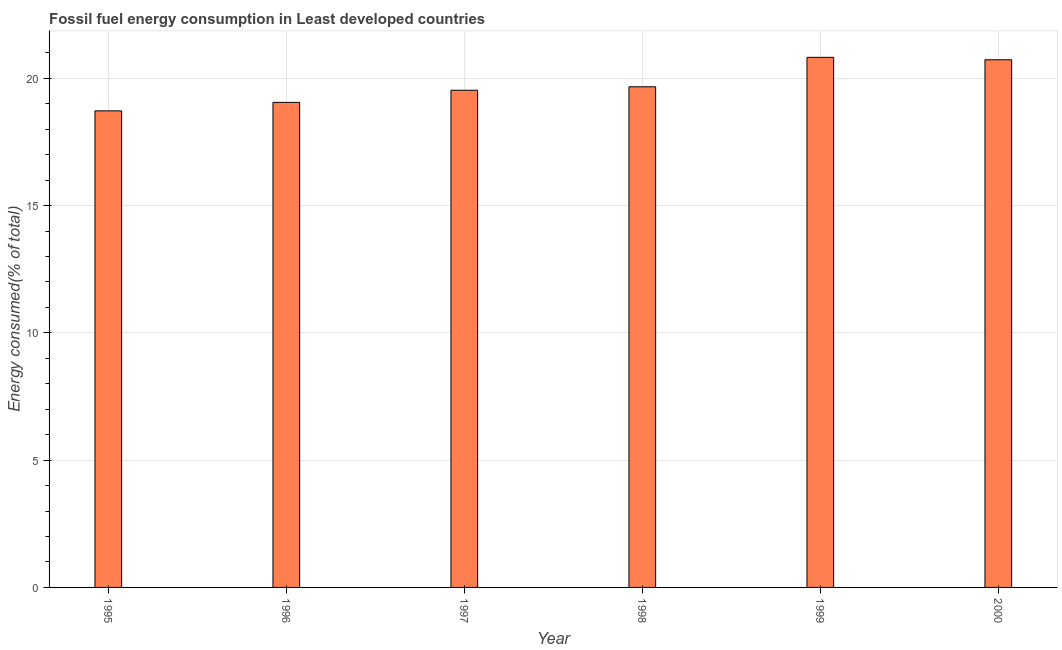
| Year | Fossil fuel energy consumption (% of total) |
 | --- | --- |
 | 1995 | 18.7 |
 | 1996 | 19.1 |
 | 1997 | 19.5 |
 | 1998 | 19.7 |
 | 1999 | 20.8 |
 | 2000 | 20.7 |